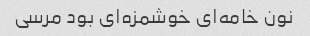
نون خامه‌ای خوشمزه‌ای بود مرسی